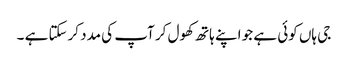
جی ہاں کوئی ہے جو اپنے ہاتھ کھول کر آپ کی مدد کرسکتا ہے ۔